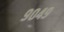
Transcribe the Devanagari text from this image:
९०४९